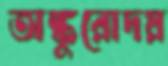
অঙ্কুরোদয়